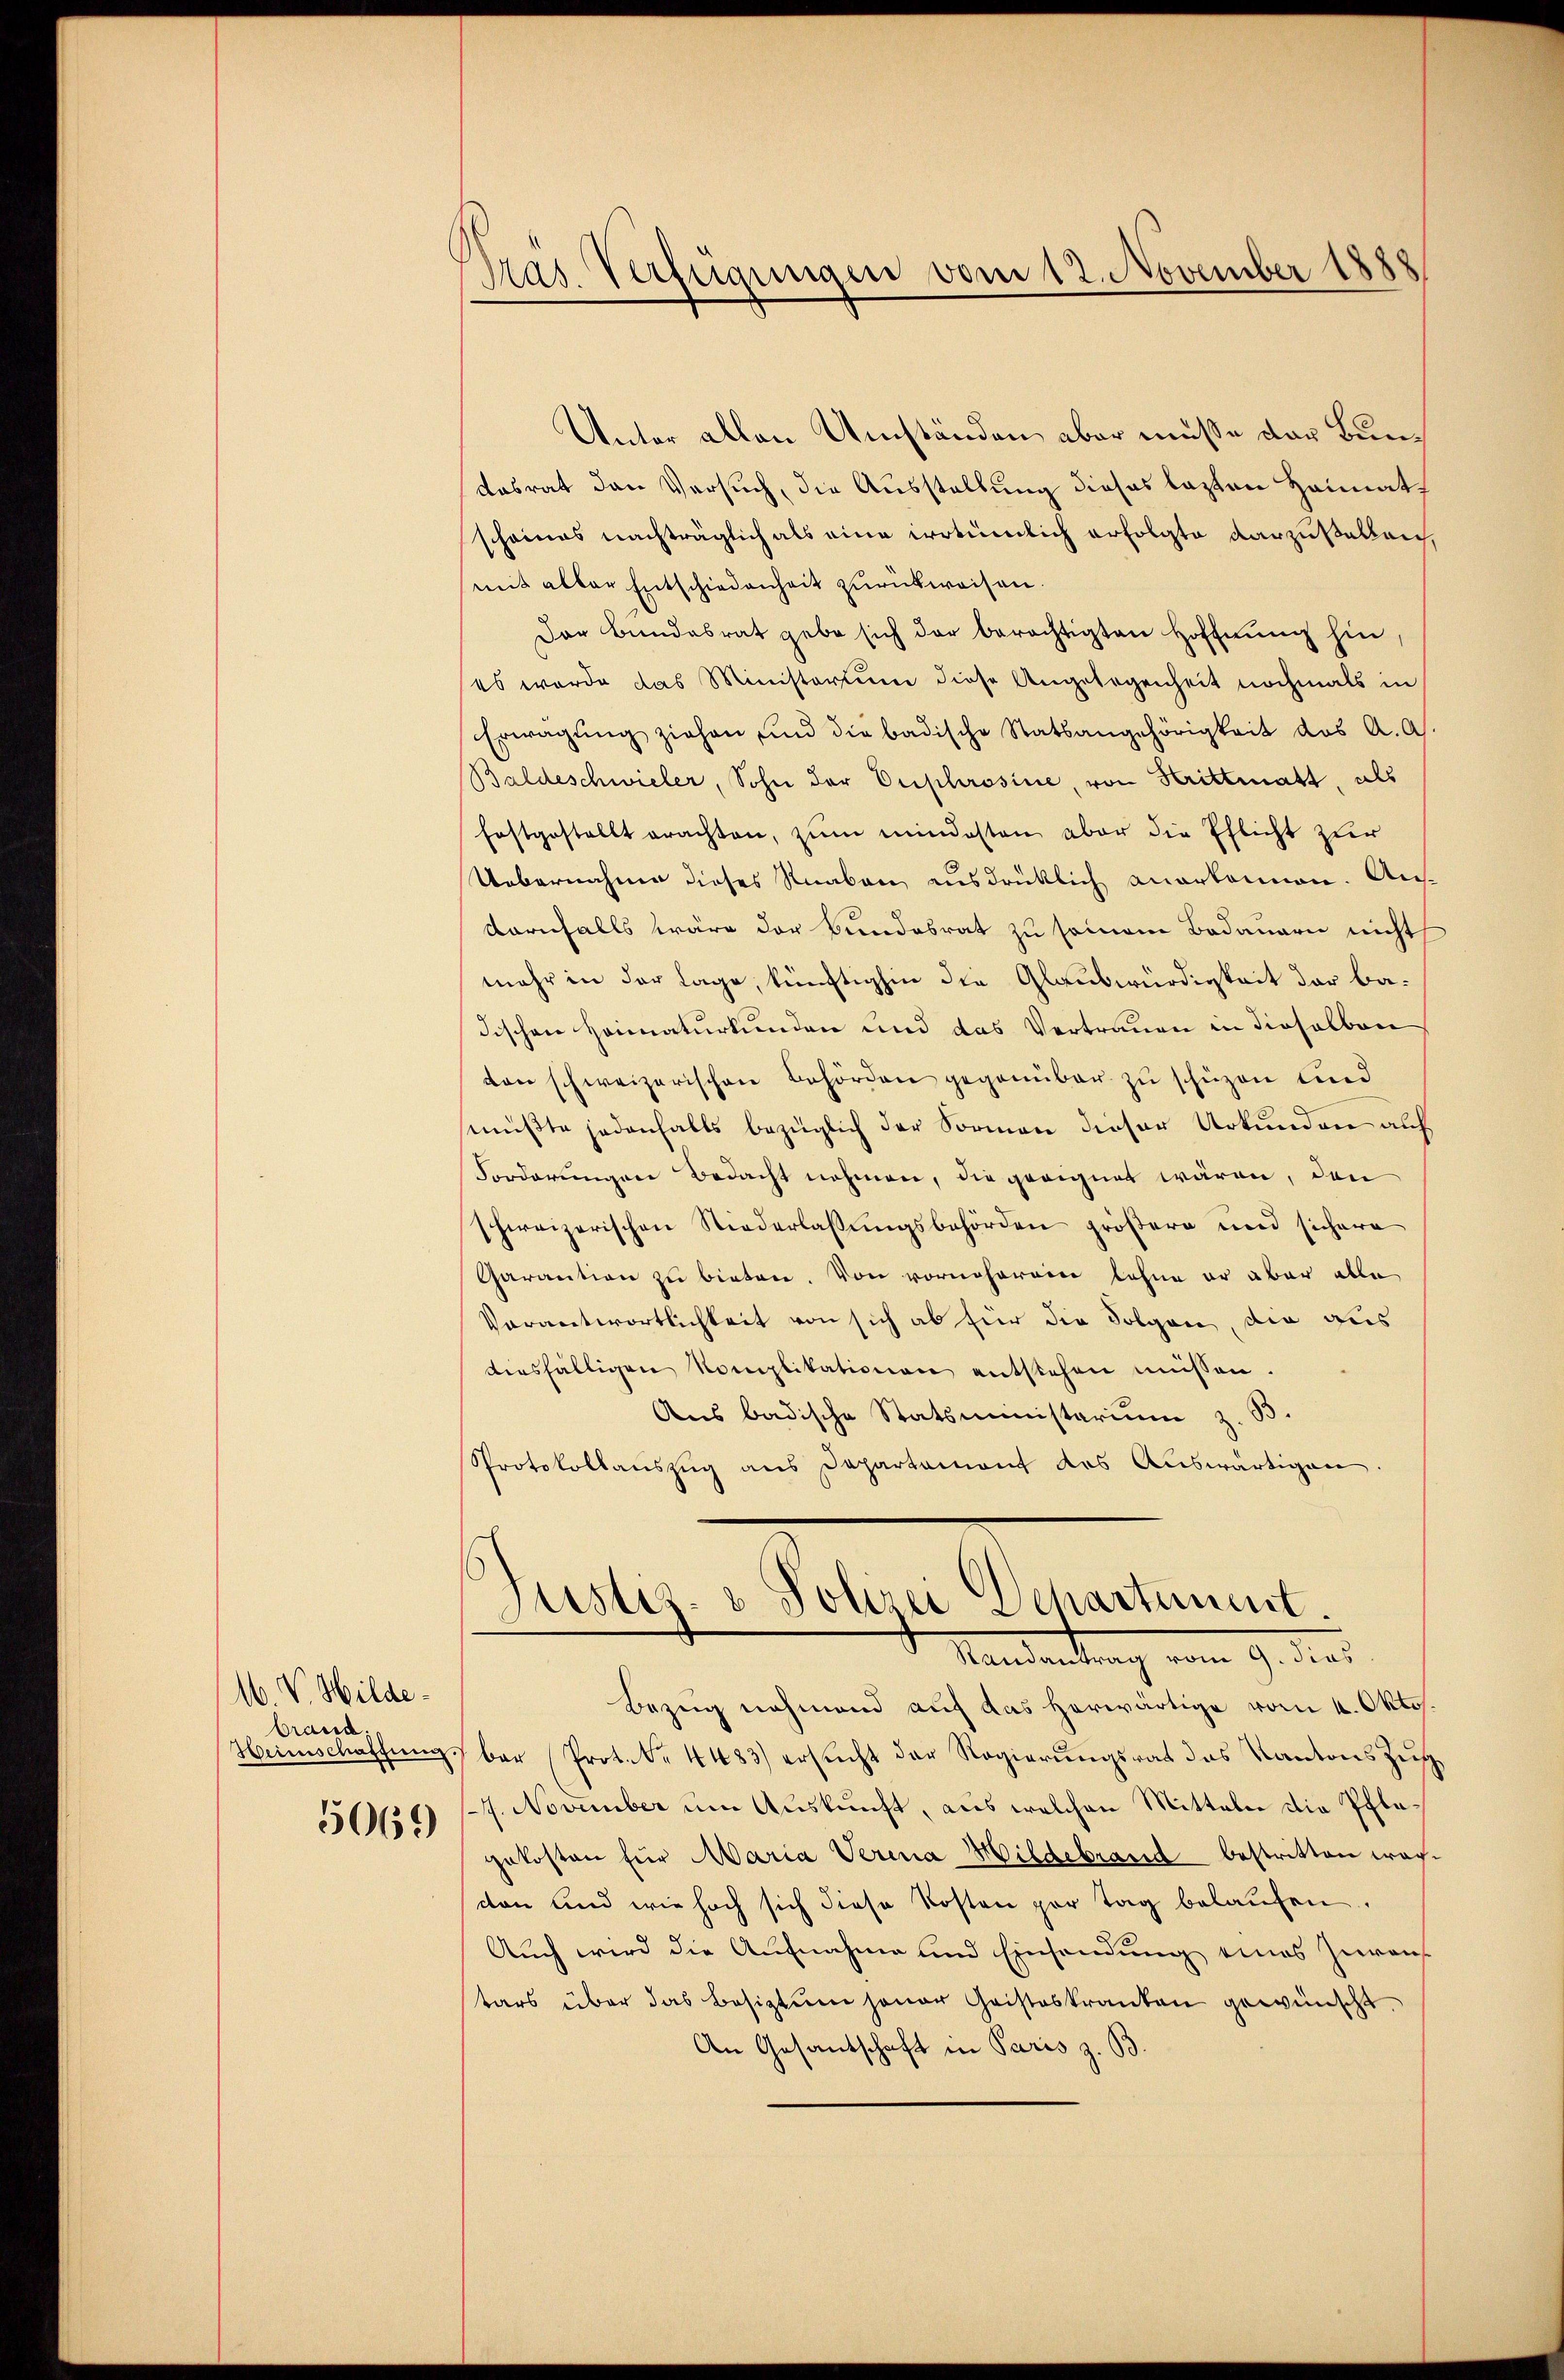
M. V. Hildebrand.
Heimschaffung.
5069

Pras. Verfügungen vom 12. November 1888

Unter allen Umständen aber müsse der Bundasrat den Versuch, die Ausstellung dieses lezten Heimath
scheines nachträglich als eine irrtümlich erfolgte darzustellen,
mit aller Entschiedenheit zurückweisen.
Der Bundesrat gebe sich der berechtigten Hoffnŭng hin,
(es werde das Ministerium diese Angelegenheit nochmals in
Erwägŭng ziehen und die badische Statsangehörigkeit des A. A.
Baldeschwieler, Sohn der Euphrosine, von Krittmatt, als
festgestellt erachten, zum mindesten aber die Pflicht zur
Uebernahme dieses Knaben ausdrücklich anerkannen. Aus¬
Kornfalls wäre der Bundesrat zu seinem Bedauern nicht
mehr in der Lage, künftighin die Glaubwürdigkeit der badischen Heimaturkunden und das Vertrauen in dieselben
ton schweizerischen Behörden gegenüber zŭ schüzen und
müßte jedenfalls bezüglich der Formen dieser Urkunden auf
Forderungen Bedacht nehmen, die geeignet wären, den
schweizerischen Niederlassŭngsbehörden größere und sichere
Garantion zu bieten. Von vorneherein lohne er aber alle
Verantwortlichkeit von sich ab für die Folgen, die aus
diesfälligen Komplikationen entstehen müssen.
Aus badische Statsministerium z. B.
Protokollauszug aus Departament des Auswärtigen
Justiz- & Polizei Departement.

Randantrag vom 9. dies

Bezug nehmend auf das herwärtige vom 4. Oktos.
bar (Prot. N. 4483) ersucht der Regierungsrat das Kantons Zug
7. November um Auskunft, aus welchen Mitteln die Pflagekosten für Maria Verena Mildebrand bestritten wachcon und wie hoch sich diese Kosten par tag belaufen.
Auch wird die Aufnahme und Einsendung eines Zureis
tars über das Besiztung jener Geisteskranken gewünscht.
An Gesantschaft in Paris z. B.